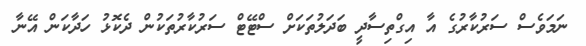
ނަމަވެސް ސަރުކާރުގެ އާ އިގްތިސާދީ ބަދަލުތަކަށް ސްޓޭޓް ސަރުކާރުތަކުން ދެކޮޅު ހަދާކަން އޭނާ